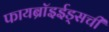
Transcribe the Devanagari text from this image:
फायब्रॉइईड्‌सची